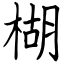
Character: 楜